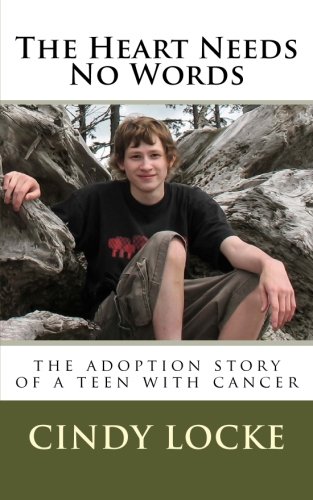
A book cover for The Heart Needs No Words-The adoption story of a teen with cancer; Cindy Locke; Health, Fitness & Dieting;